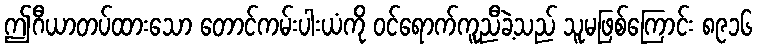
ဤဂီယာတပ်ထားသော တောင်ကမ်းပါးယံကို ဝင်ရောက်ကူညီခဲ့သည် သူမဖြစ်ကြောင်း ၈၉၁၆